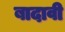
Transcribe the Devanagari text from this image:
बादावी